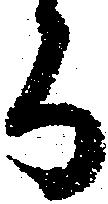
而